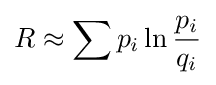
R\approx \sum p_{i}\ln {\frac {p_{i}}{q_{i}}}